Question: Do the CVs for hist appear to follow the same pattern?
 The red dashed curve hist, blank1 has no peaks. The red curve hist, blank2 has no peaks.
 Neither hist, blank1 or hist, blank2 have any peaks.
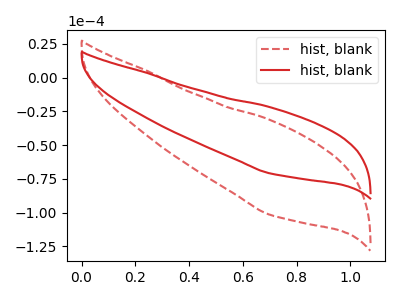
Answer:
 <answer>All the CV's of "hist" have similar shape.</answer>
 <eval>follow_rule</eval>